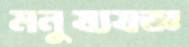
মনুষ্যযজ্ঞ